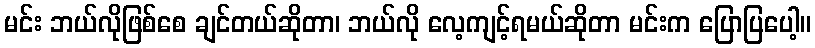
မင်း ဘယ်လိုဖြစ်စေ ချင်တယ်ဆိုတာ၊ ဘယ်လို လေ့ကျင့်ရမယ်ဆိုတာ မင်းက ပြောပြပေါ့။